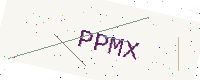
Text: PPMX